Eesti_Rahvusfond, lk 59
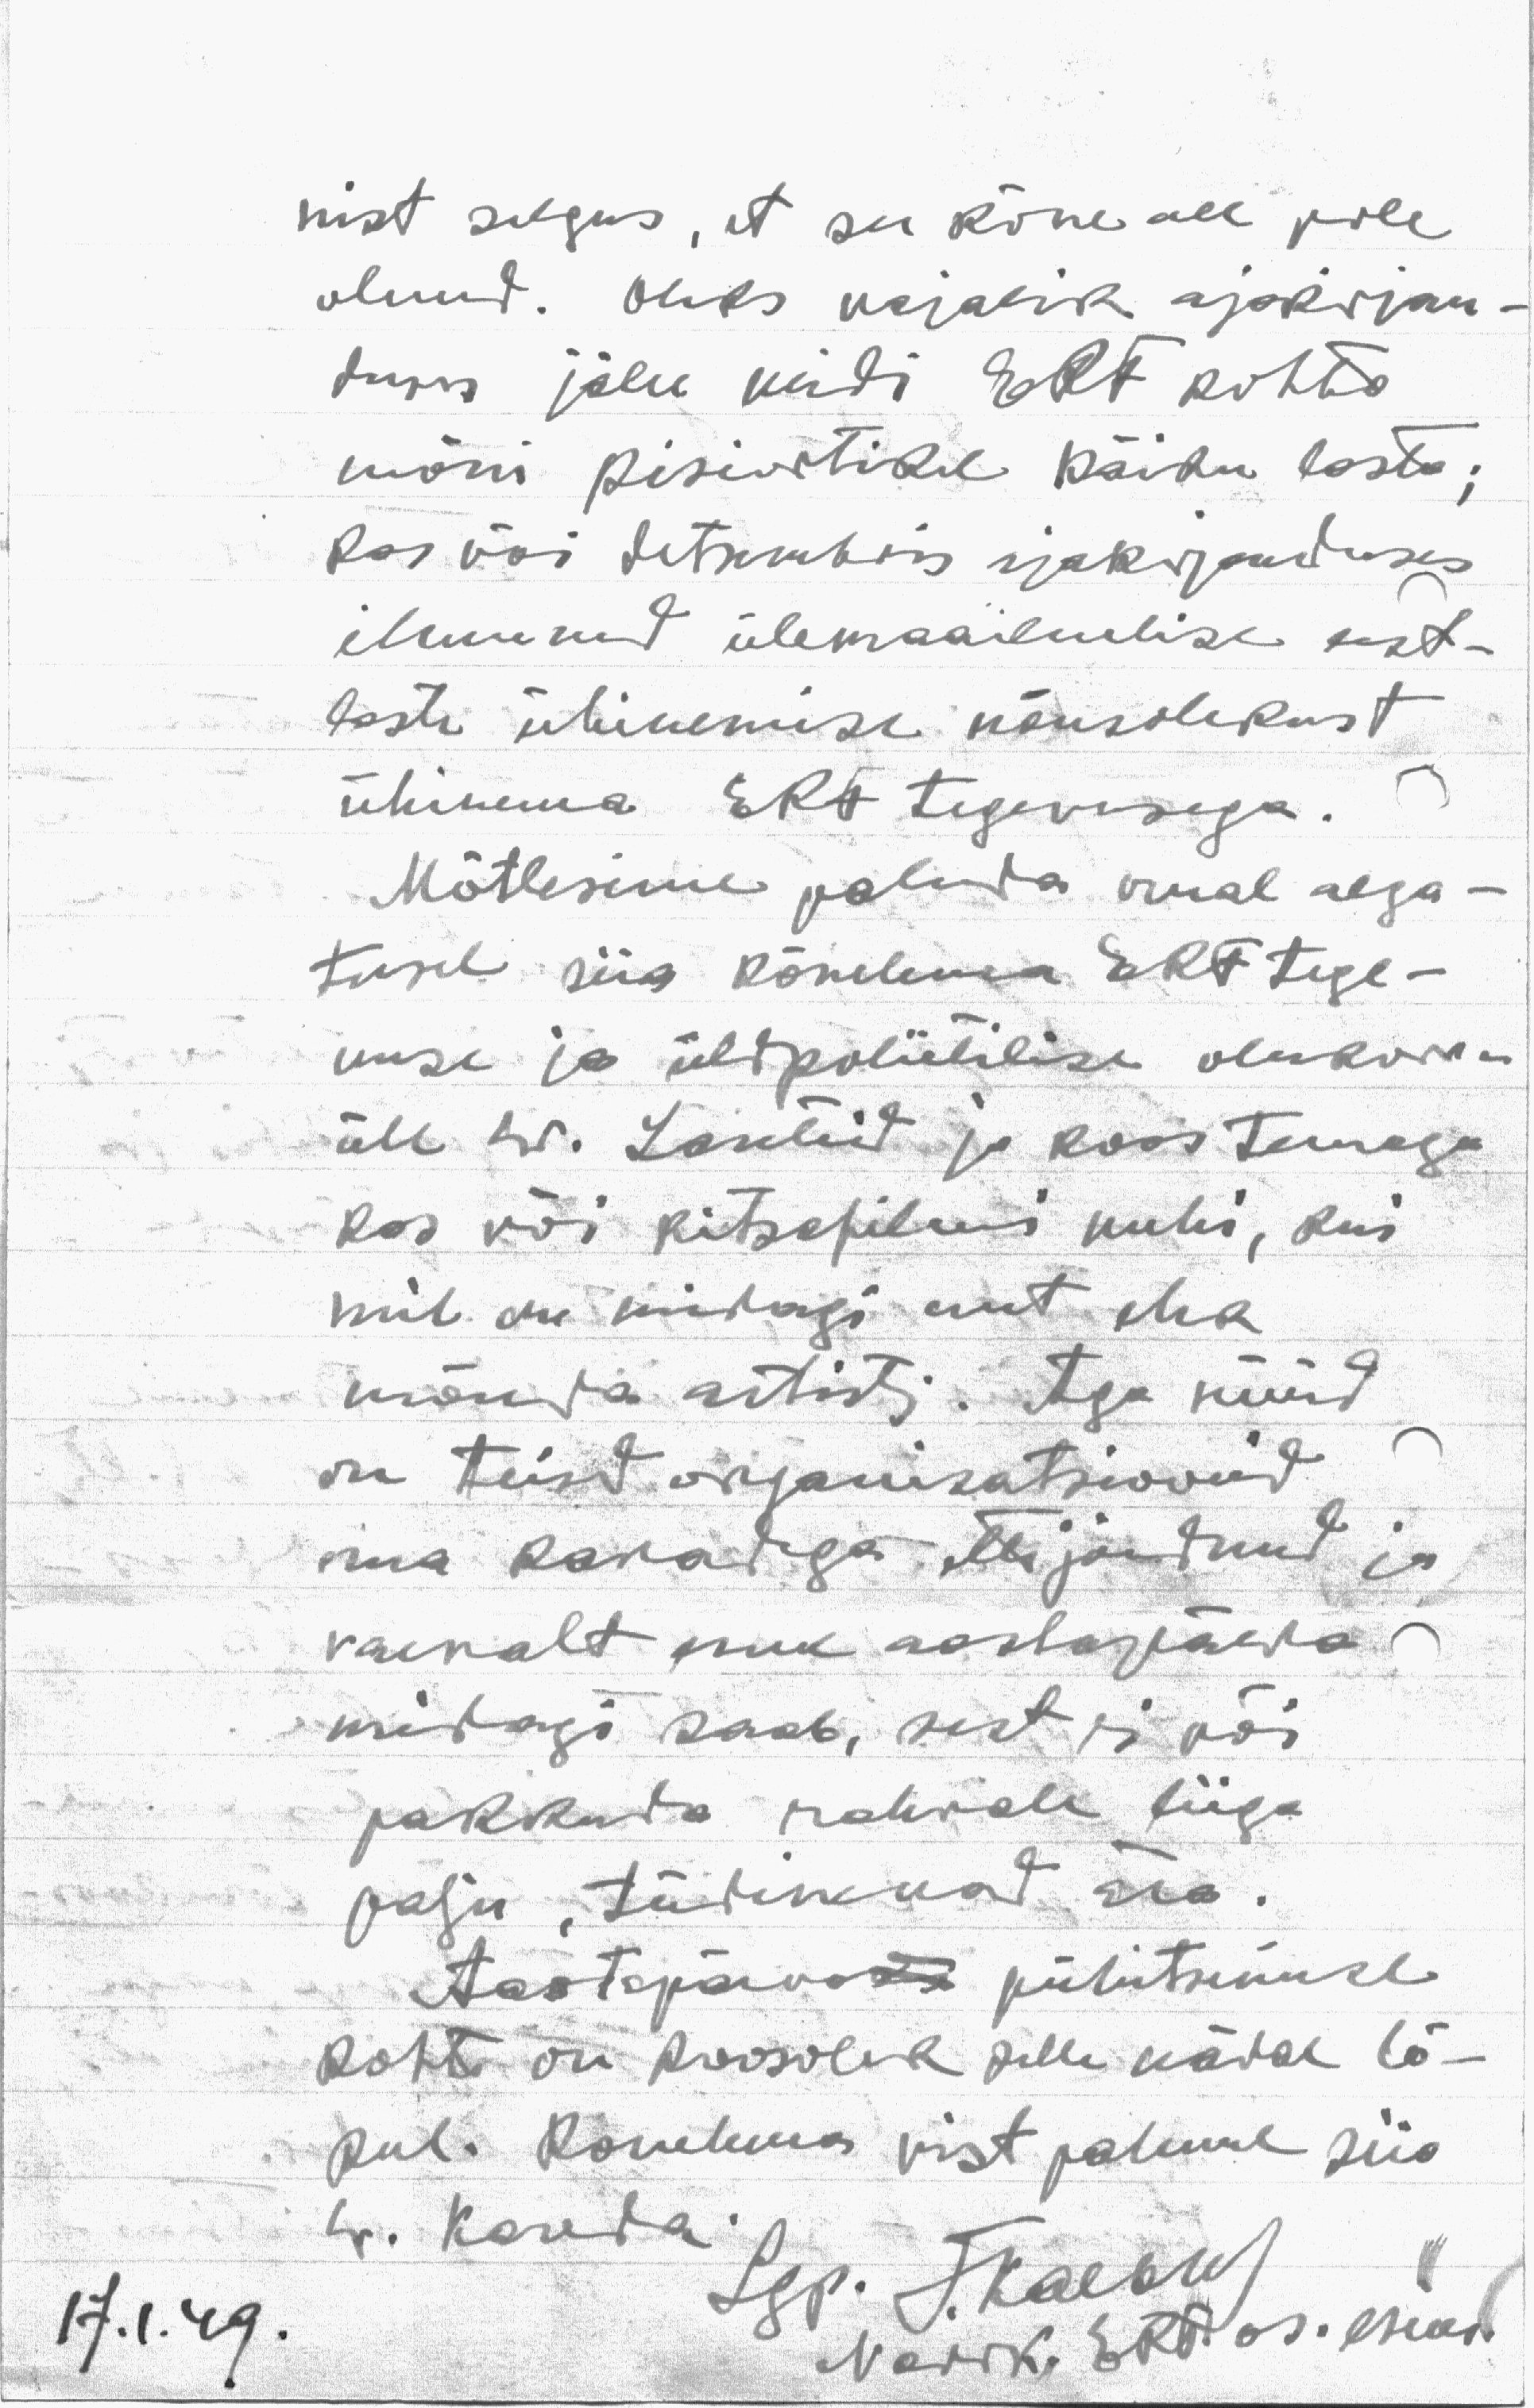
nist selgus, et see kõne all pole
olnud. Oleks asjalik ajakirjan-
duses jälle veidi ERF kohta
mõni pisiartikel käiku lasta,
kas või detsembris ajakirjanduses
ilmunud ülemaailmalise eest-
taste ühinemise nõusolekust
ühinema ERF tegevusega.
Mõtlesime paluda omal alga-
tusel siis kõnelema ERF tege-
mise ja üldpoliitilise olukorra-
all hr. Larelei ja koos temaga
kas või kitsepili mehi, kui
mil on midagi uut ma
mõnda artisti. Aga nüüd
on teised organisatsioonid
oma kavadega. Allesjänud ja
vaevalt need aastapäeva
midagi saab, sest ei või
pakkuda rahvale liiga
palju tüdinevad ära.
Aastepäevast pühitsuse
kohti on koosolek selle nädal lõ-
pul. Kõnekava vist palume siis
hr. Kovest.
Lgp. F. Kaebri
Narik. ERF. as. esimees
17.I.49